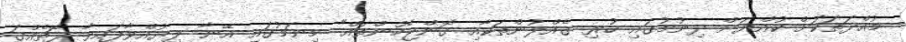
މުއްދަތަކަށް ކުއްޔަށް ދިނުމުގައި ހުރި ގެއްލުންތަކާއި ގޮންޖެހުންތައް" މިނަމުގައި އޭނާ ލިޔުއްވާފައިވާ ފޮތެއްގަ